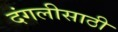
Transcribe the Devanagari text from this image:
दंगलीसाठी